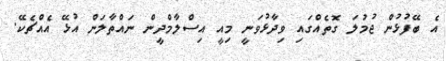
އެ ބޭފުޅުން ޖުމުލަ ގޮތެއްގައި ވިދާޅުވަނީ މިއީ އިސްލާމްދީން ނައްތާލަން އުޅޭ އެއްޗެކޭ.